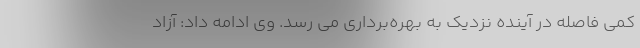
کمی فاصله در آینده نزدیک به بهره‌برداری می رسد. وی ادامه داد: آزاد